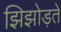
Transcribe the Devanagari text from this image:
झिझोड़ते